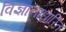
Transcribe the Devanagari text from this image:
विज्ञानाधारित